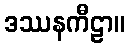
ဒဿနကီဠာ။